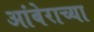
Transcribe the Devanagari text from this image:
आंबेराच्या